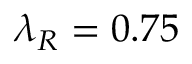
\lambda _ { R } = 0 . 7 5